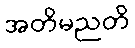
အတိမညတိ